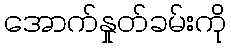
အောက်နှုတ်ခမ်းကို